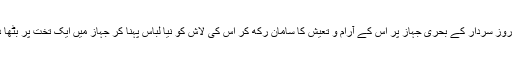
دسویں روز سردار کے بحری جہاز پر اس کے آرام و تعیش کا سامان رکھ کر اس کی لاش کو نیا لباس پہنا کر جہاز میں ایک تخت پر بٹھا دیا جاتا۔